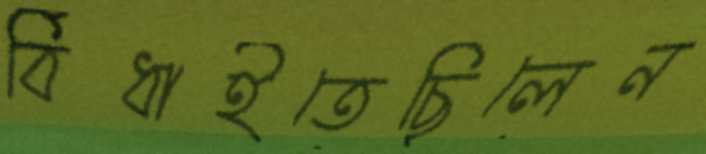
বিঁধাইতেছিলেন